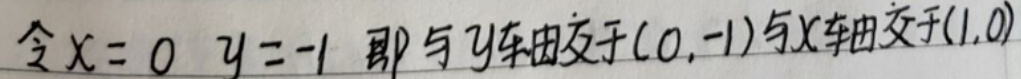
令\(x = 0\) \(y=-1\)即与\(y\)轴交于\((0,-1)\)与\(x\)轴交于\((1,0)\)